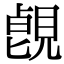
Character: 𧡑